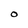
Character: O